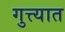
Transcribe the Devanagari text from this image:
गुत्त्यात